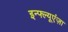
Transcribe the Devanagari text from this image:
इन्फ्ल्यूएंज़ा